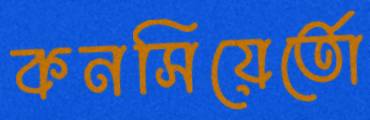
কনসিয়ের্তো